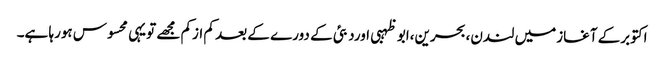
اکتوبرکے آغازمیں لندن،بحرین،ابو ظہبی اوردبئی کے دورے کے بعد کم ازکم مجھے تویہی محسوس ہورہا ہے۔